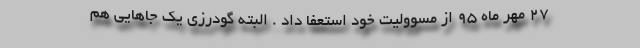
۲۷ مهر ماه ۹۵ از مسوولیت خود استعفا داد . البته گودرزی یک جاهایی هم